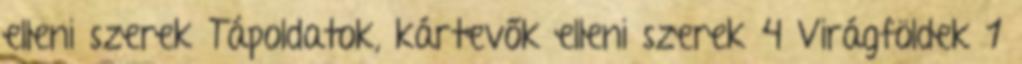
elleni szerek Tápoldatok, kártevők elleni szerek 4 Virágföldek 1